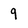
Character: 9